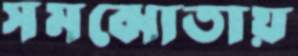
সমঝোতায়